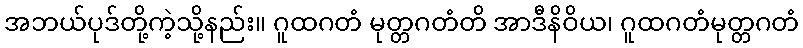
အဘယ်ပုဒ်တို့ကဲ့သို့နည်း။ ဂူထဂတံ မုတ္တဂတံတိ အာဒီနိဝိယ၊ ဂူထဂတံမုတ္တဂတံ